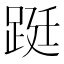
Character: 𨁗